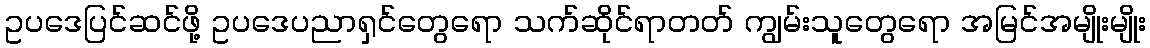
ဥပဒေပြင်ဆင်ဖို့ ဥပဒေပညာရှင်တွေရော သက်ဆိုင်ရာတတ် ကျွမ်းသူတွေရော အမြင်အမျိုးမျိုး